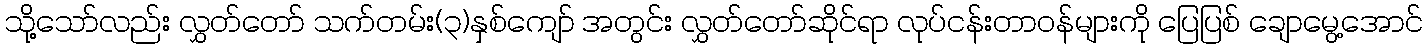
သို့သော်လည်း လွှတ်တော် သက်တမ်း(၃)နှစ်ကျော် အတွင်း လွှတ်တော်ဆိုင်ရာ လုပ်ငန်းတာဝန်များကို ပြေပြစ် ချောမွေ့အောင်